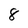
Character: 8